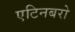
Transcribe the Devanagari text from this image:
एटिनबरो